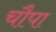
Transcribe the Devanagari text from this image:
चौपा